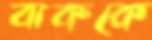
বাককে